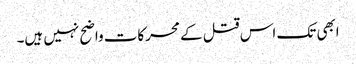
ابھی تک اس قتل کے محرکات واضح نہیں ہیں۔